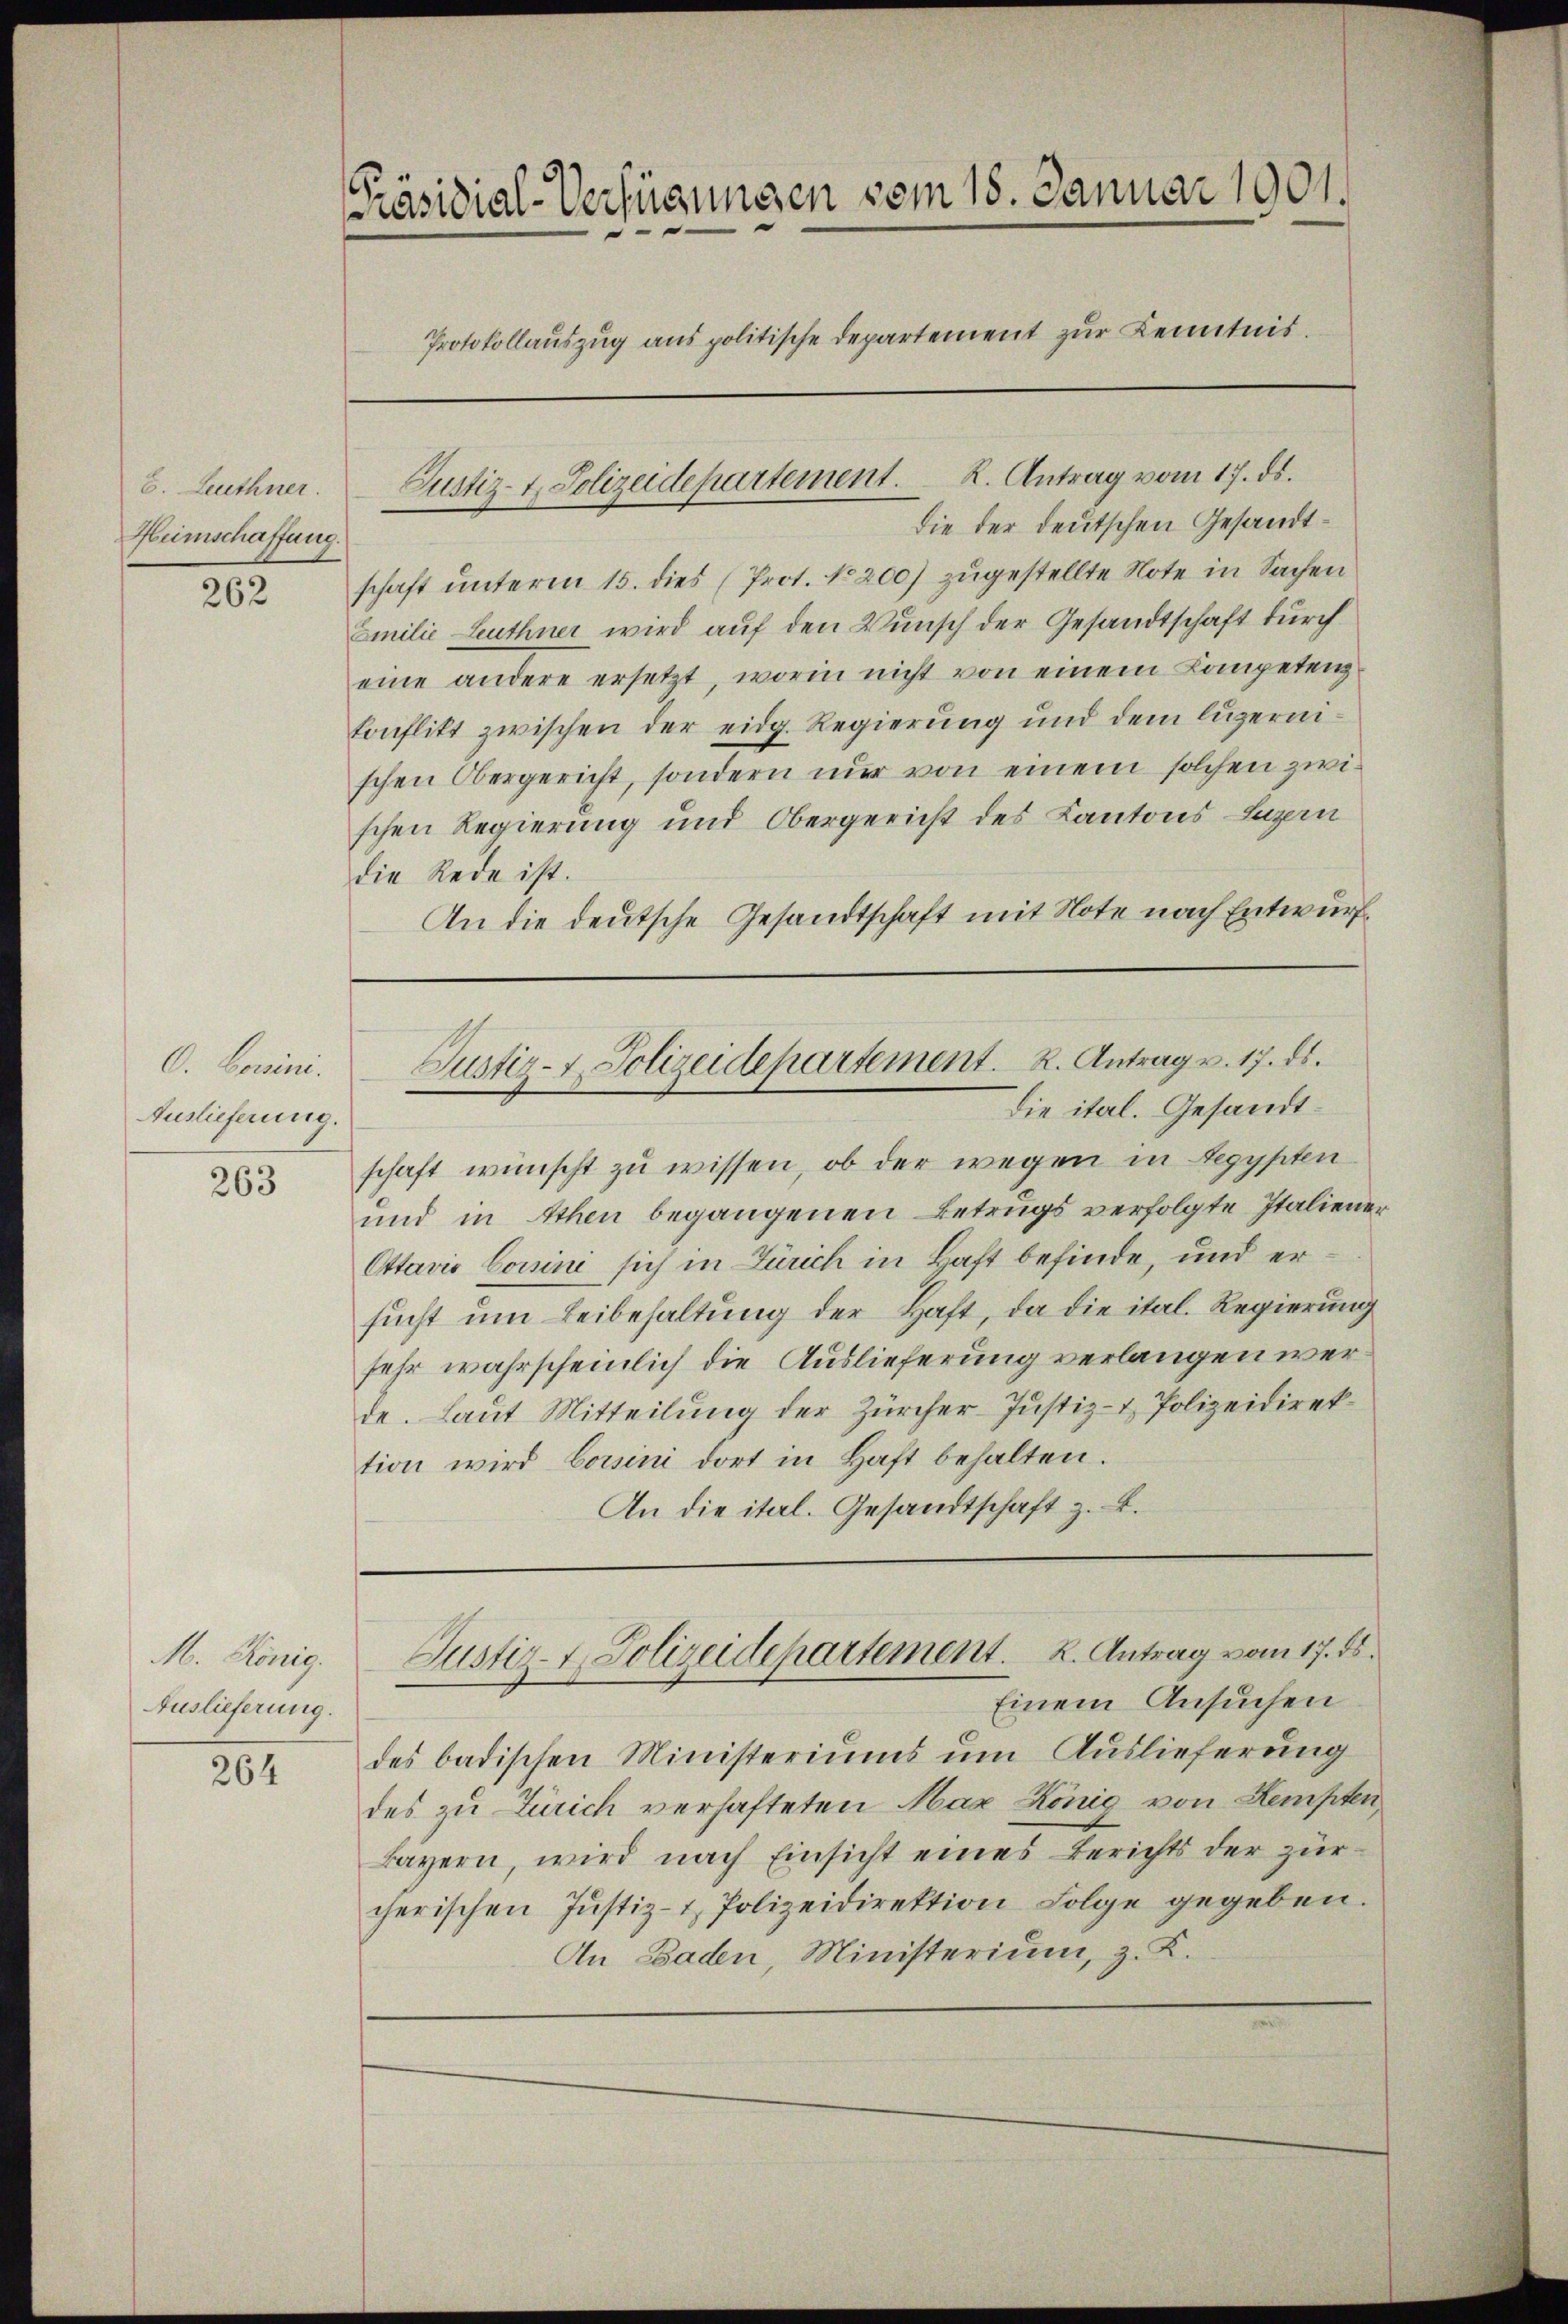
6. Leuthner.
Heimschaffung.

262

O. Bossini.
Auslieferung.

263

M. König.
Auslieferung.

264

Präsidial-Verfügungen vom 18. Januar 1901.
Protokollauszug aus politische Departement zur Kenntnis.

Die der deutschen Gesandtschaft unterm 15. dies (Prot. No 200) zugestellte Note in Sachen
Emilie Leuthner wird auf den Wunsch der Gesandtschaft durch
eine andere ersetzt, worin nicht von einem Kompetenz
Conflikt zwischen der eidg. Regierung und dem luzernischen Obergericht, sondern nur von einem solchen zwischen Regierung und Obergericht des Kantons Luzern
die Rede ist.
An die deutsche Gesandtschaft mit Note nach Entwurf

Justiz- u. Polizeidepartement. K. Antrag vom 17. ds.

Justiz- & Polizeidepartement. R. Antrag v. 17. ds.
Die ital. Gesandt¬

schaft wünscht zu wissen, ob der wegen in Aegypten
und in Athen begangenen Betrugs verfolgte Italiener
Ottaris Comine sich in Zürich in Haft befinde, und er
sucht um Beibehaltung der Haft, da die ital. Regierung
sehr wahrscheinlich die Auslieferung verlangen werde. Laut Mitteilung der Zürcher-Justiz- & Polizeidirektion wird Corni dort in Haft behalten.
An die ital. Gesandtschaft z. B.

Einem Ansuchen
des badischen Ministeriums um Auslieferung
des zu Zürich verhafteten Max König von Kempten,
Bayern, wird nach Einsicht eines Berichts der zur
cherischen Justiz- & Polizeidirektion Folge gegeben.
An Baden, Ministerium, z. K.

Justiz- & Polizeidepartement. K. Antrag vom 17. ds.